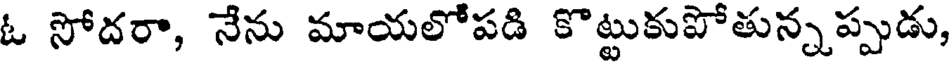
ఓ సోదరా, నేను మాయలోపడి కొట్టుకుపోతున్నప్పుడు,